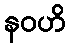
နဝဟိ